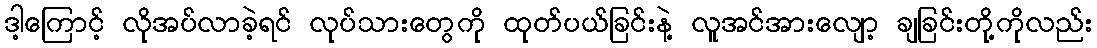
ဒါ့ကြောင့် လိုအပ်လာခဲ့ရင် လုပ်သားတွေကို ထုတ်ပယ်ခြင်းနဲ့ လူအင်အားလျော့ ချခြင်းတို့ကိုလည်း